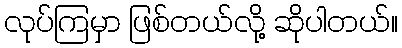
လုပ်ကြမှာ ဖြစ်တယ်လို့ ဆိုပါတယ်။